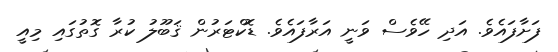
ފަށާފައެވެ. އަދި ހޭވެސް ވަނީ އަރާފައެވެ. ޑޮކްޓަރުން ޤަބޫލު ކުރާ ގޮތުގައި މިއީ